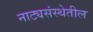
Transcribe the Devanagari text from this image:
नाट्यसंस्थेतील